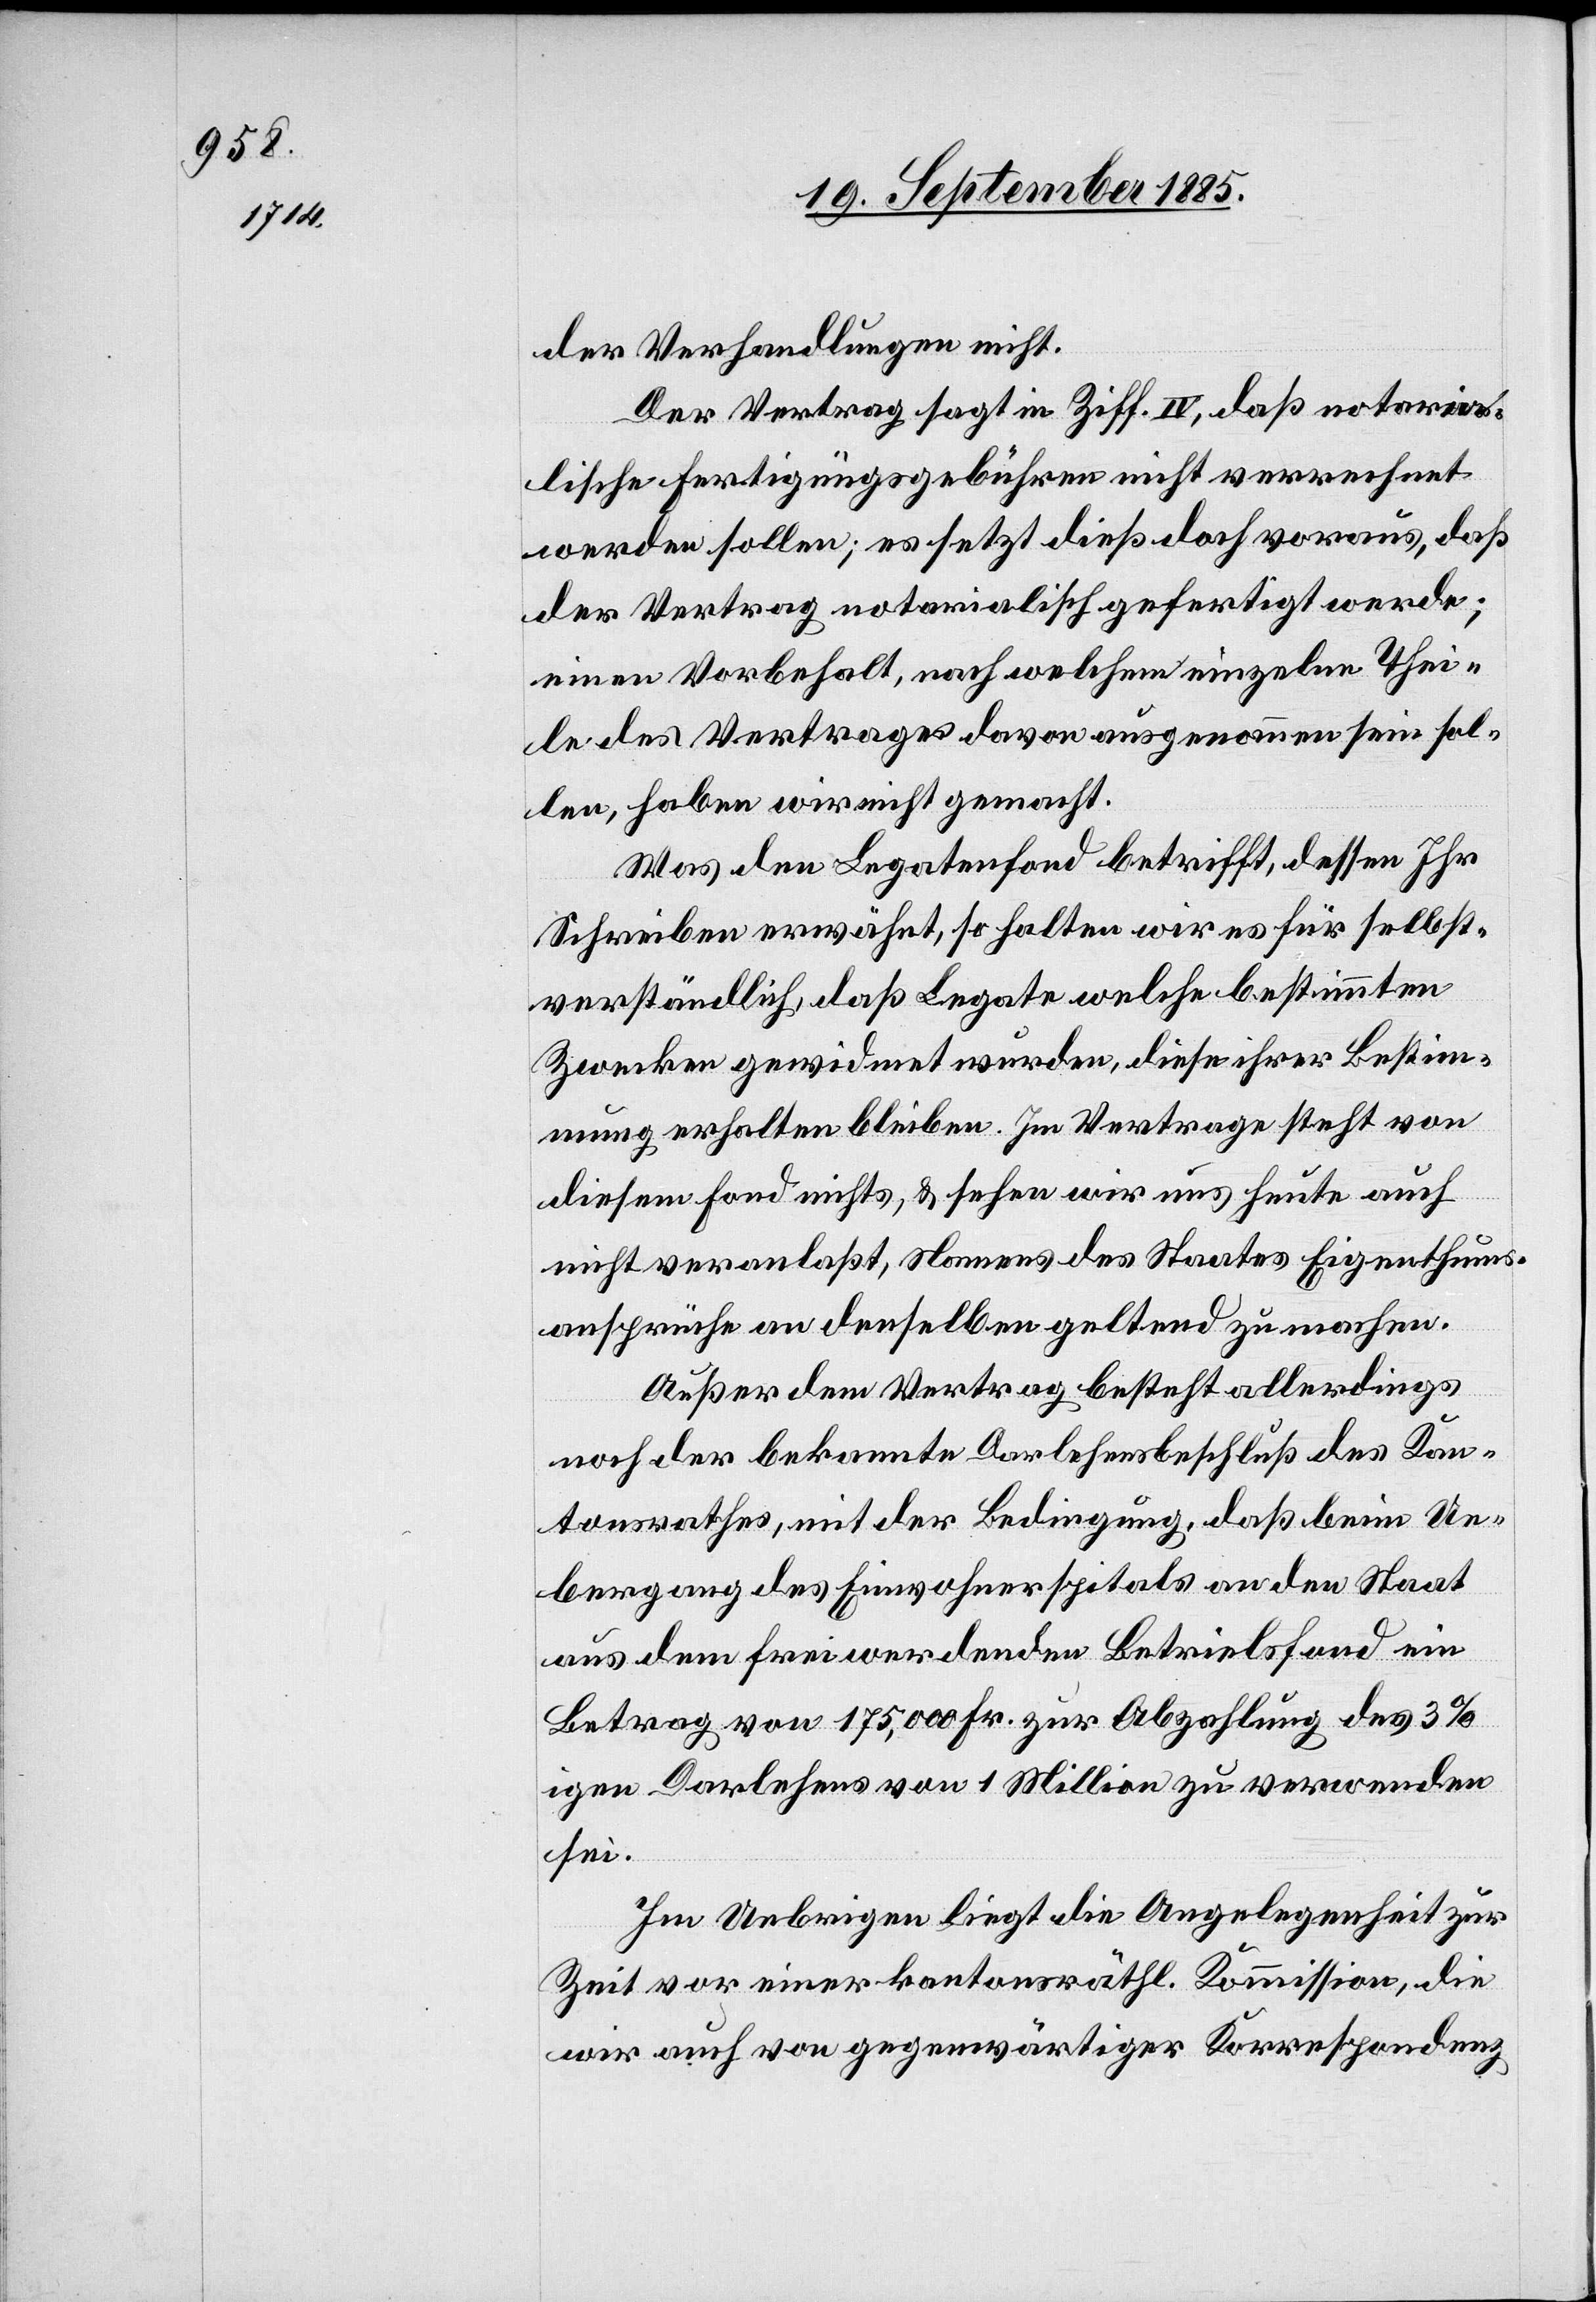
der Verhandlungen nicht.
Der Vertrag sagt in Ziff. IV, daß notaria¬
lisch Fertigungsgebühren nicht verrechnet
werden sollen; es setzt dieß doch voraus, daß
der Vertrag notarialisch gefertigt werde;
einen Vorbehalt, nach welchem einzelne Thei¬
le des Vertrages davon ausgenommen sein sol¬
len, haben wir nicht gemacht.
Was den Legatenfond betrifft, dessen Ihr
Schreiben erwähnt, so halten wir es für selbst¬
verständlich, daß Legate welche bestimmten
Zwecken gewidmet wurden, diese ihrer Bestim¬
mung erhalten bleiben. Im Vertrage steht von
diesem Fond nichts, & sehen wir uns heute auch
nicht veranlaßt, Namens des Staates Eigenthums¬
ansprüche an denselben geltend zu machen.
Außer dem Vertrag besteht allerdings
noch der bekannte Darlehensbeschluß des Kan¬
tonsrathes, mit der Bedingung, daß beim Ue¬
bergang des Einwohnerspitals an den Staat
aus dem frei werdenden Betriebsfond ein
Betrag von 175,000 Fr. zur Abzahlung des 3%i¬
gen Darlehens von 1 Million zu verwenden
sei.
Im Uebrigen liegt die Angelegenheit zur
Zeit vor einer kantonsräthl. Kommission, die
wir auch von gegenwärtiger Korrespondenz